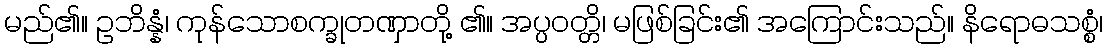
မည်၏။ ဥဘိန္နံ၊ ကုန်သောစက္ခုတဏှာတို့ ၏။ အပ္ပဝတ္တိ၊ မဖြစ်ခြင်း၏ အကြောင်းသည်။ နိရောဓသစ္စံ၊